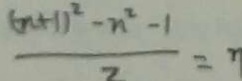
\frac { ( n + 1 ) ^ { 2 } - n ^ { 2 } - 1 } { 2 } = n